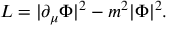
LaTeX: { \cal L } = | \partial _ { \mu } \Phi | ^ { 2 } - m ^ { 2 } | \Phi | ^ { 2 } .